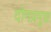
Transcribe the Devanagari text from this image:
दोनप्रमुख